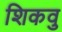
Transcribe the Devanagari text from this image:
शिकवु